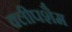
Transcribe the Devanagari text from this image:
क्लीपशैम